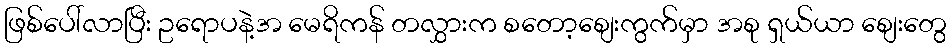
ဖြစ်ပေါ်လာပြီး ဥရောပနဲ့အ မေရိကန် တလွှားက စတော့စျေးကွက်မှာ အစု ရှယ်ယာ စျေးတွေ